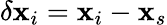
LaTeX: \delta\mathbf{x}_{i}=\mathbf{x}_{i}-\mathbf{x}_{s}